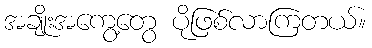
အချိုးအကွေ့တွေ ပိုဖြစ်လာကြတယ်။